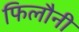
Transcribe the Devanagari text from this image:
फिलौनी